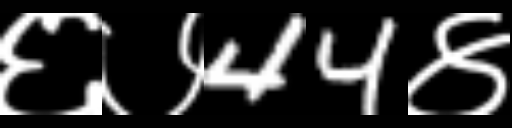
Text: ६७44४